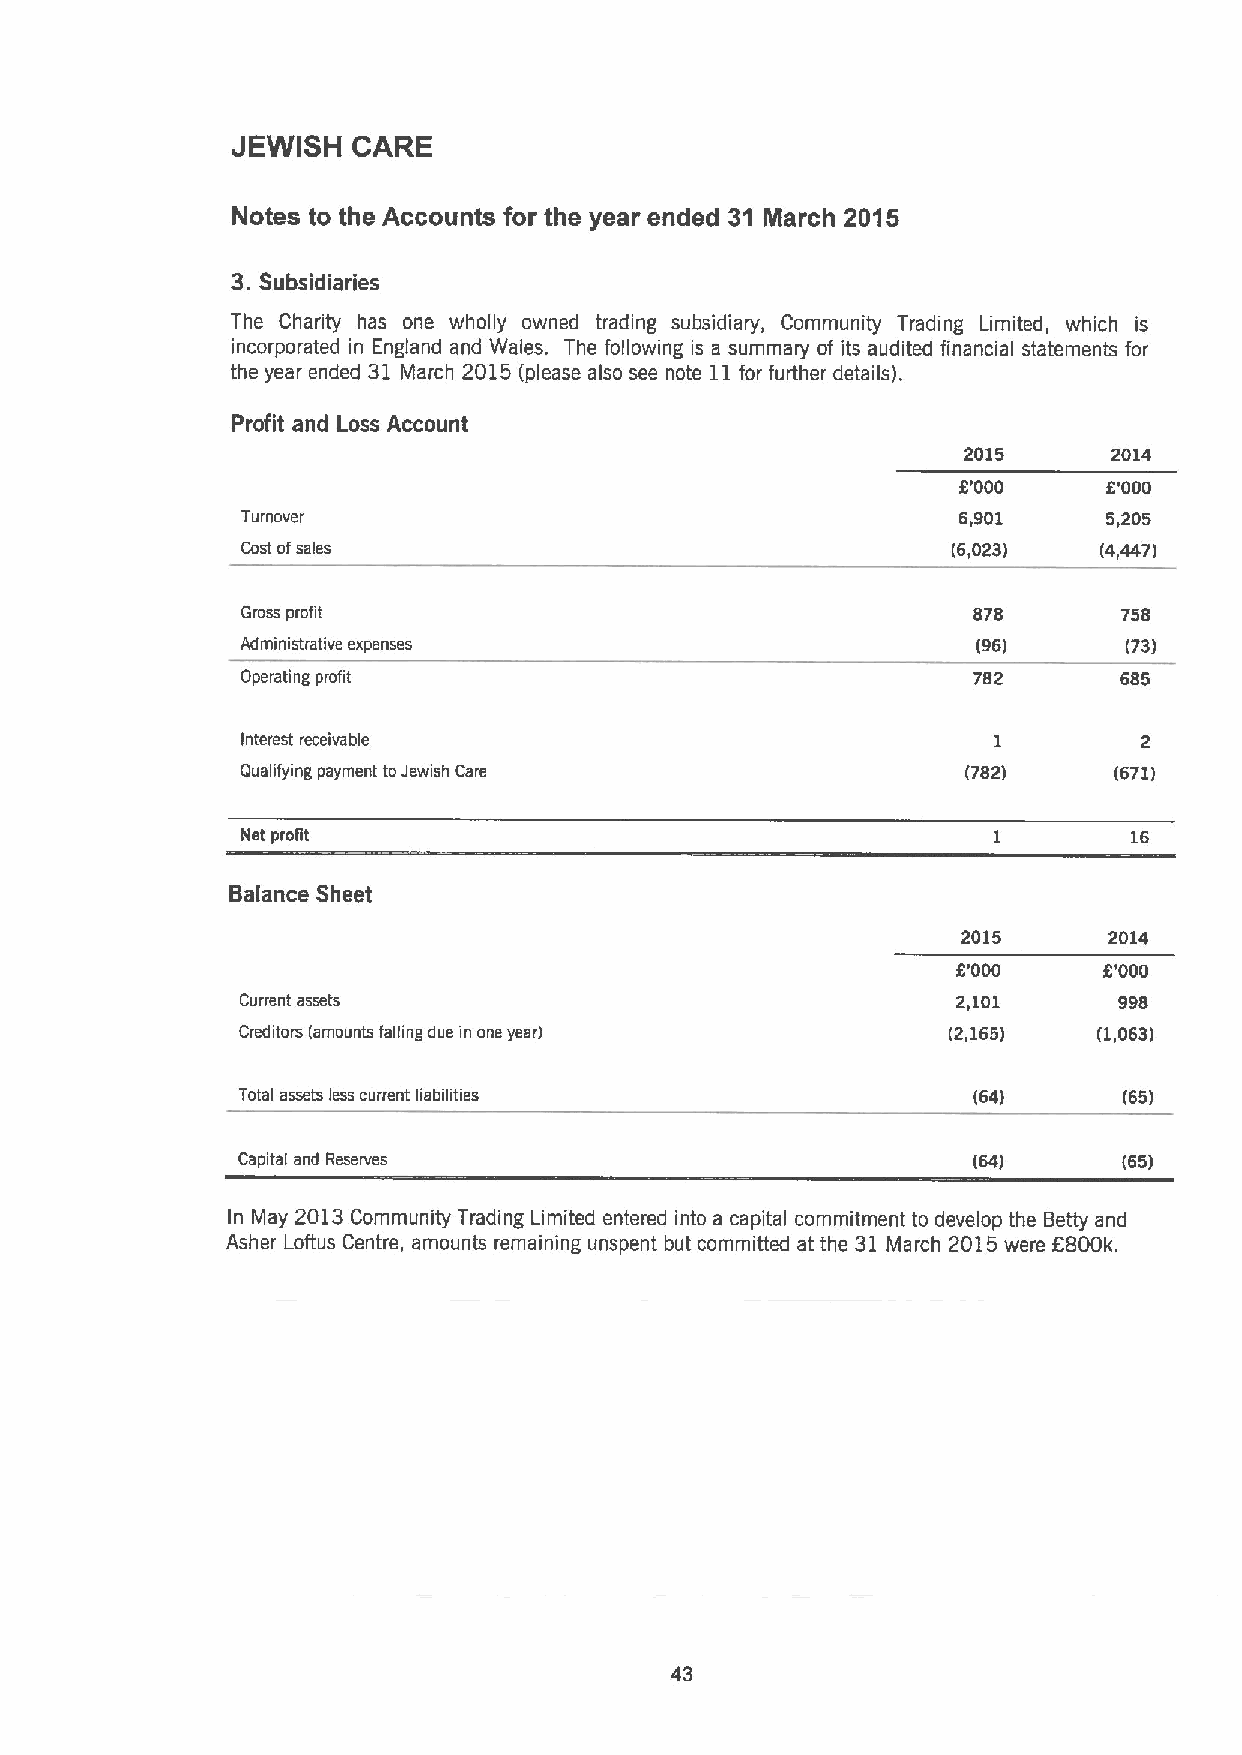
JEWISH  CARE
 Notes to the Accounts for the year ended 31 March 2015
 3.
 Subsidiaries
 The Charity has one wholly owned trading subsidiary, Community Trading Limited, which is
 incorporated in England and Wales. The following is a summary of its audited financial statements for
 the year ended 31 March 2015(please also see note 11for further details).
 Profit and Loss Account
 2015      2014
 8'000    6'000
 Turnover                                        6,901    5,205
 Cost ofsales                                   (6,023)   (4,447)
 Gross profit                                    878       758
 Administrative expenses                          (96)      (73)
 Operating profit                                782       685
 Interest receivable
 Qualifying payment toJewish Care                (782)     (671)
 Net profit                                        1        16
 Balance Sheet
 2015     2014
 8'000     6'000
 Current assets                                 2,101      998
 Creditors (amounts falling due in one year)    (2,165)   (1,063)
 Total assets less current liabilities           (64)      (65)
 Capital and Reserves                            (64)      (65)
 In May 2013Community Trading Limited entered into a capital commitment to develop the Betty and
 Asher Loftus Centre, amounts remaining unspent but committed at the 31 March 2015were 6800k.
 43